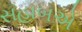
સહાબએ